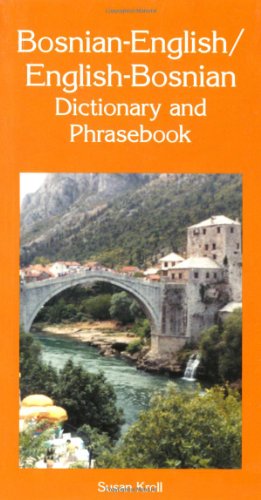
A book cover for Bosnian-English/English-Bosnian Dictionary and Phrasebook (Dictionary & Phrasebooks Backlist); Susan Kroll; Travel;